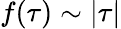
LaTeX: f(\tau)\sim|\tau|